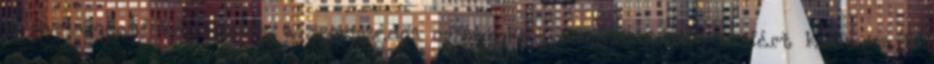
a parlamenti képviselők a szomszédos országokat hibáztatták, amiért kudarcaik